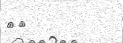
٣٨